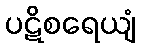
ပဋိစရေယျံ